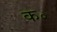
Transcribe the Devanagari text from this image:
क॰